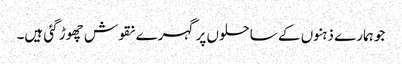
جو ہمارے ذہنوں کے ساحلوں پر گہرے نقوش چھوڑ گئی ہیں۔